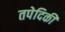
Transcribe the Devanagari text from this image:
तपेदिकी